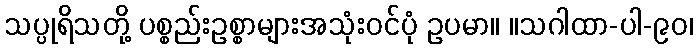
သပ္ပုရိသတို့ ပစ္စည်းဥစ္စာများအသုံးဝင်ပုံ ဥပမာ။ ။သဂါထာ-ပါ-၉၀၊